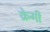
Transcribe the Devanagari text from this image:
क्रेगी